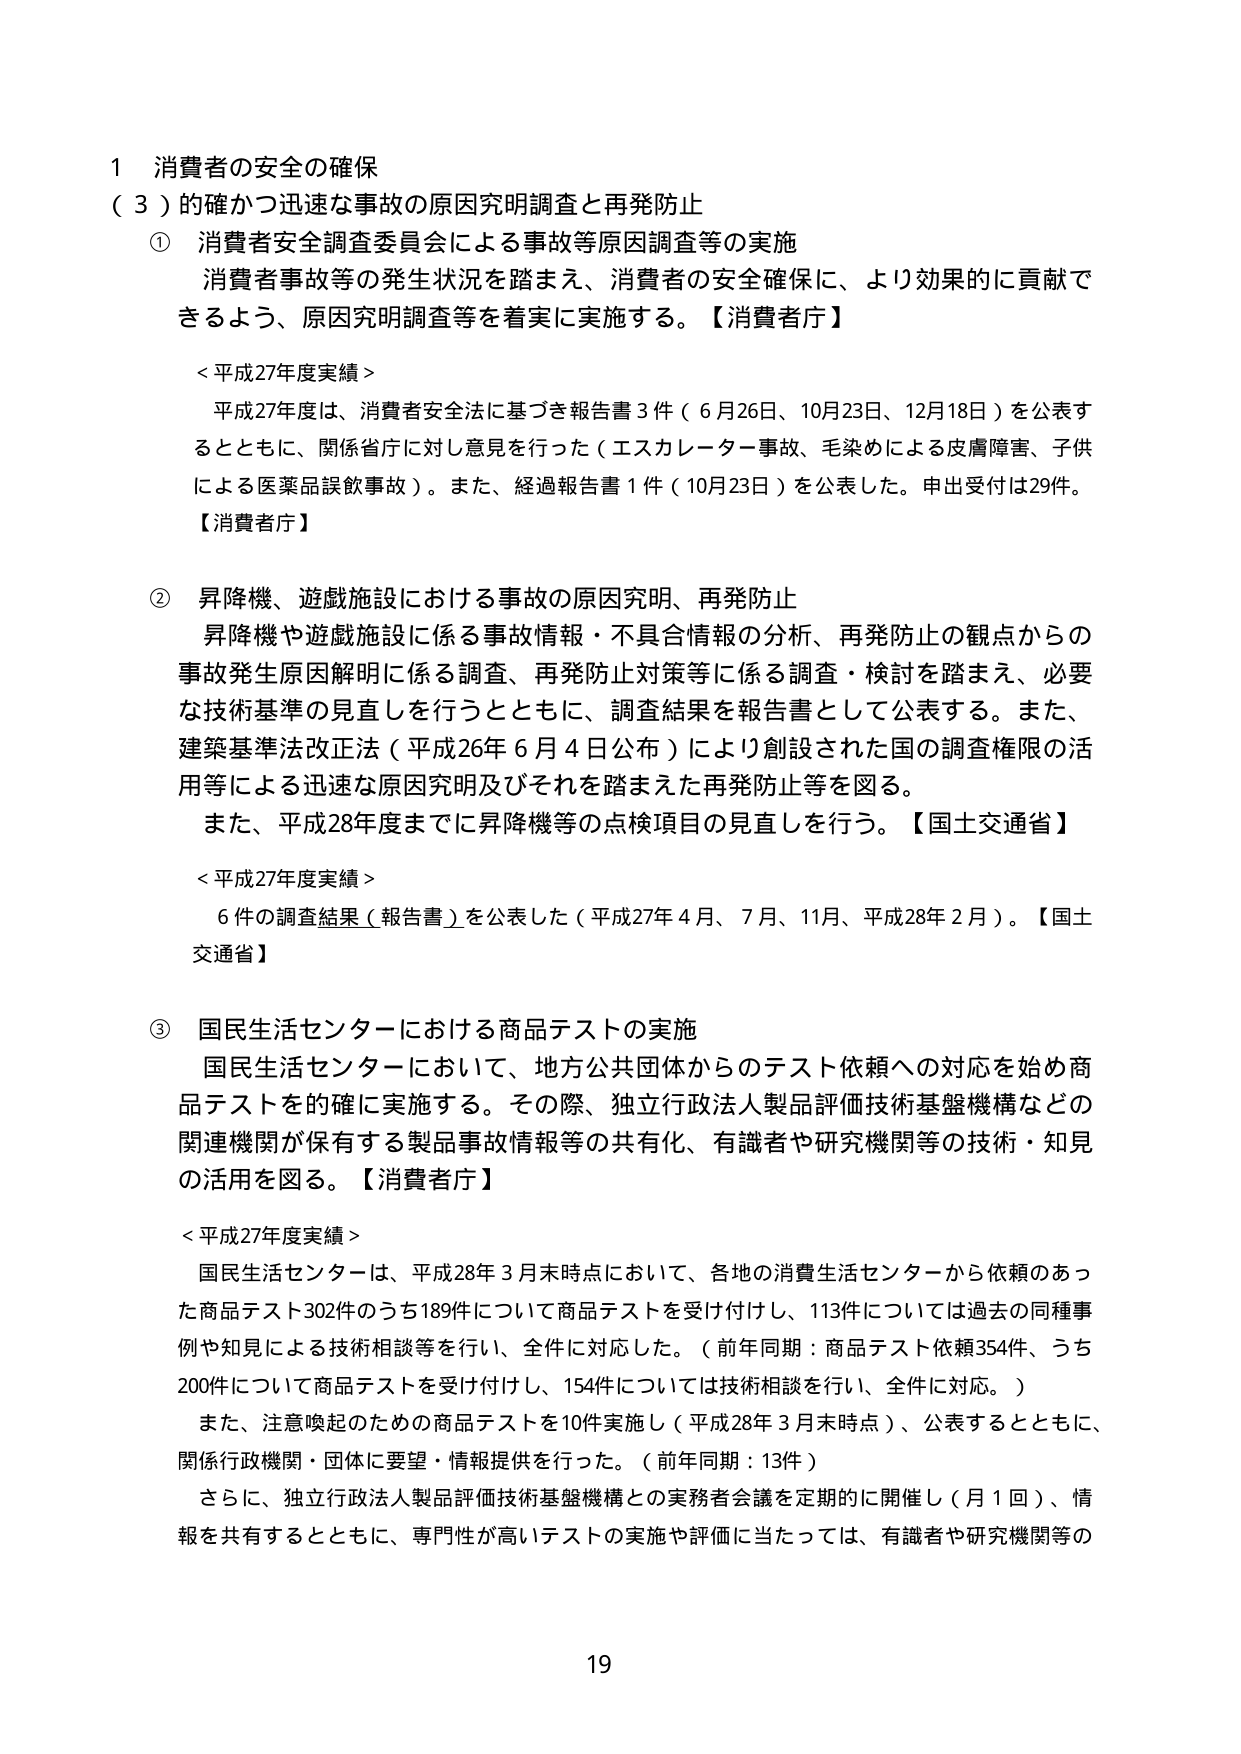
1 消費者の安全の確保
（３）的確かつ迅速な事故の原因究明調査と再発防止

① 消費者安全調査委員会による事故等原因調査等の実施
消費者事故等の発生状況を踏まえ、消費者の安全確保に、より効果的に貢献できるよう、原因究明調査等を着実に実施する。【消費者庁】

＜平成27年度実績＞
平成27年度は、消費者安全法に基づき報告書3件（6月26日、10月23日、12月18日）を公表するとともに、関係省庁に対し意見を行った（エスカレーター事故、毛染めによる皮膚障害、子供による医薬品誤飲事故）。また、経過報告書1件（10月23日）を公表した。申出受付は29件。
【消費者庁】

② 昇降機、遊戯施設における事故の原因究明、再発防止
昇降機や遊戯施設に係る事故情報・不具合情報の分析、再発防止の観点からの事故発生原因解明に係る調査、再発防止対策等に係る調査・検討を踏まえ、必要な技術基準の見直しを行うとともに、調査結果を報告書として公表する。また、建築基準法改正法（平成26年6月4日公布）により創設された国の調査権限の活用等による迅速な原因究明及びそれを踏まえた再発防止等を図る。
また、平成28年度までに昇降機等の点検項目の見直しを行う。【国土交通省】

＜平成27年度実績＞
6件の調査結果（報告書）を公表した（平成27年4月、7月、11月、平成28年2月）。【国土交通省】

③ 国民生活センターにおける商品テストの実施
国民生活センターにおいて、地方公共団体からのテスト依頼への対応を始め商品テストを的確に実施する。その際、独立行政法人製品評価技術基盤機構などの関連機関が保有する製品事故情報等の共有化、有識者や研究機関等の技術・知見の活用を図る。【消費者庁】

＜平成27年度実績＞
国民生活センターは、平成28年3月末時点において、各地の消費生活センターから依頼のあった商品テスト302件のうち189件について商品テストを受け付けし、113件については過去の同種事例や知見による技術相談等を行い、全件に対応した。（前年同期：商品テスト依頼354件、うち200件について商品テストを受け付けし、154件については技術相談を行い、全件に対応。）
また、注意喚起のための商品テストを10件実施し（平成28年3月末時点）、公表するとともに、関係行政機関・団体に要望・情報提供を行った。（前年同期：13件）
さらに、独立行政法人製品評価技術基盤機構との実務者会議を定期的に開催し（月1回）、情報を共有するとともに、専門性が高いテストの実施や評価に当たっては、有識者や研究機関等の

19